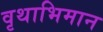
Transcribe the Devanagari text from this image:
वृथाभिमान